Indian journal of veterinary science and animal husbandry - Volume 13,
Year: 1943
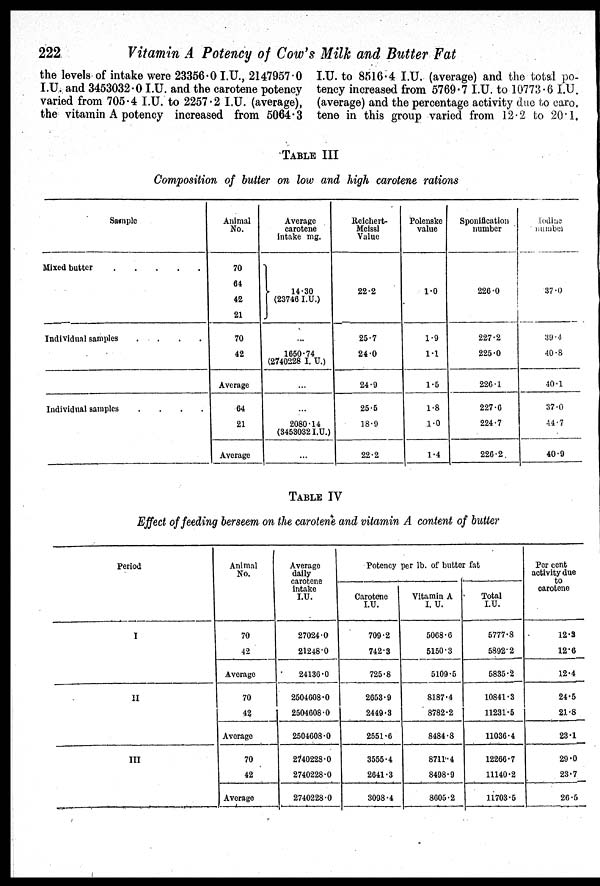
222
Vitamin A Potency of Cow's Milk and Butter Fat
the levels of intake were 23356.0 I.U., 2147957.0
I.U. and 3453032.0 I.U. and the carotene potency
varied from 705.4 I.U. to 2257.2 I.U. (average),
the vitamin A potency increased from 5064.3
I.U. to 8516.4 I.U. (average) and the total po-
tency increased from 5769.7 I.U. to 10773.6 I.U.
(average) and the percentage activity due to caro-
tene in this group varied from 12.2 to 20.1.
TABLE III
Composition of butter on low and high carotene rations
Sample
Mixed butter
.
.
.
.
.
.
Individual samples
.
.
.
.
.
Individual samples . . . .
Animal
No.
70
64
42
21
70
42
Average
64
21
Average
Average
carotene
Intake mg.
14.30
(23746 I.U.)
1650.74
(2740228 I. U.)
...
...
2080.14
(3453032 I.U.)
...
Reichert-
Meissl
Value
22.2
25.7
24.0
24.9
25.5
18.9
22.2
Polenske
value
1.0
1.9
1.1
1.5
1.8
1.0
1.4
Sponification
number
226.0
227.2
225.0
226.1
227.6
224.7
226.2
Lodise
number
37.0
39.4
10.8
40.1
37.0
44.7
40.9
TABLE IV
Effect of feeding berseem on the carotene and vitamin A content of butter
Period
I
II
III
Animal
No.
70
42
Average
70
42
Average
70
42
Average
Average
dally
carotene
intake
I.U.
27024.0
21248.0
24136.0
2504608.0
2504608.0
2504608.0
2740228.0
2740228.0
2740228.0
Potency per lb. of butter fat
Carotene
I.U.
709.2
742.3
725.8
2653.9
2449.3
2551.6
3555.4
2641.3
3098.4
Vitamin A
I.U.
5068.6
5150.3
5109.5
8187.4
8782.2
8484.8
8711.4
8498.9
8605.2
Total
I.U.
5777.8
5892.2
5835.2
10841.3
11231.5
11036.4
12266.7
11140.2
11703.5
Per cent
activity due
to
carotene
12.3
12.6
12.4
24.5
21.8
23.1
29.0
23.7
26.5